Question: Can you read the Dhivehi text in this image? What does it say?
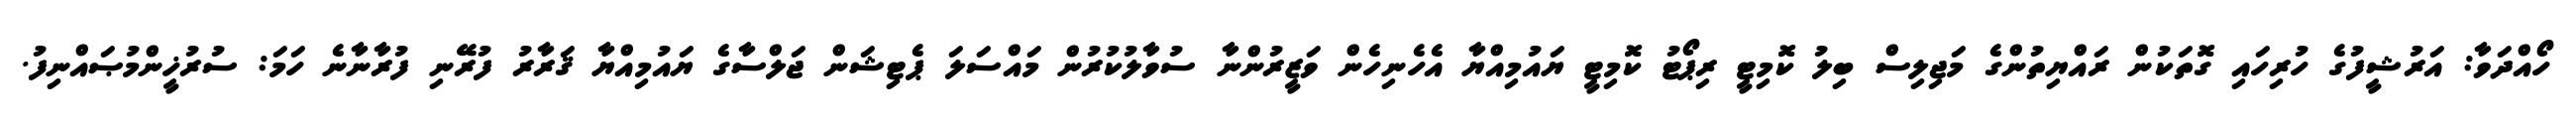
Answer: ހޯއްދަވާ: އަރުޝީފުގެ ހުރިހައި ގޮތަކުން ރައްޔިތުންގެ މަޖިލިސް ބިލު ކޮމިޓީ ރިޕޯޓު ކޮމިޓީ ޔައުމިއްޔާ އެހެނިހެން ވަޒީރުންނާ ސުވާލުކުރުން މައްސަލަ ޕެޓިޝަން ޖަލްސާގެ ޔައުމިއްޔާ ޤަރާރު ފުރޭނި ފުރާނާނެ ހަމަ: ސުރުޚީންމުޞައްނިފު.